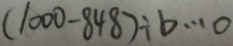
( 1 0 0 0 - 8 4 8 ) \div b \cdots 0